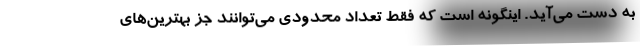
به دست می‌آید. اینگونه است که فقط تعداد محدودی می‌توانند جز بهترین‌های